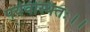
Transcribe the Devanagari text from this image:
पर्यवस्थितः।।